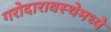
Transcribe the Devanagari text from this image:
गरोदारावस्थेमध्ये